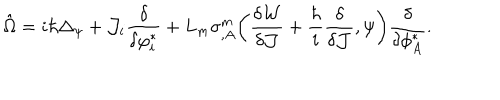
\hat { \Omega } = i \hbar \Delta _ { \psi } + { \cal J } _ { i } \frac { \delta } { \delta \varphi _ { i } ^ { * } } + L _ { m } \sigma _ { , A } ^ { m } \bigg ( \frac { \delta { \cal W } } { \delta { \cal J } } + \frac { \hbar } { i } \frac { \delta } { \delta { \cal J } } , \psi \bigg ) \frac { \delta } { \delta \phi _ { A } ^ { * } } .